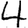
Digit: 4